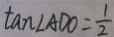
\tan \angle A D O = \frac { 1 } { 2 }